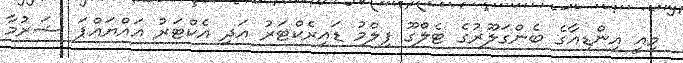
މިއީ އިންޑިއާގެ ބެންގަލޫރުގެ ޓެލްގޫ ފިލްމު ޑައިރެކްޓަރު އަދި އެކްޓަރު އައްޔައްޕަ ޝަރުމާ